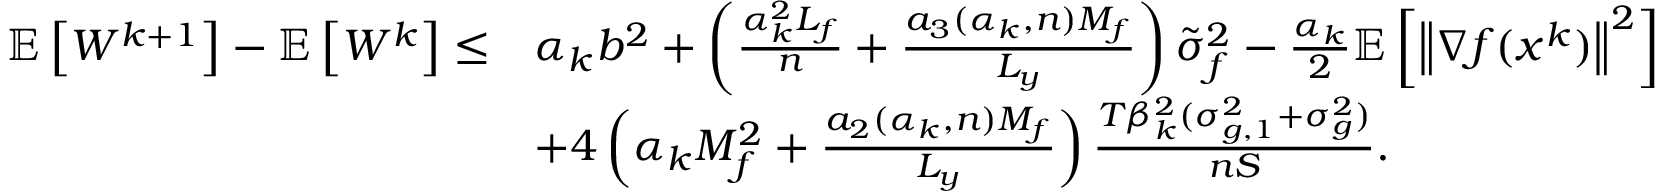
\begin{array} { r l } { \mathbb { E } \left[ W ^ { k + 1 } \right] - \mathbb { E } \left[ W ^ { k } \right] \leq } & { \alpha _ { k } b ^ { 2 } + \left( \frac { \alpha _ { k } ^ { 2 } L _ { f } } { n } + \frac { a _ { 3 } ( \alpha _ { k } , n ) M _ { f } } { L _ { y } } \right) \tilde { \sigma } _ { f } ^ { 2 } - \frac { \alpha _ { k } } { 2 } \mathbb { E } \left[ \left\| \nabla f ( x ^ { k } ) \right\| ^ { 2 } \right] } \\ & { + 4 \left( \alpha _ { k } M _ { f } ^ { 2 } + \frac { a _ { 2 } ( \alpha _ { k } , n ) M _ { f } } { L _ { y } } \right) \frac { T \beta _ { k } ^ { 2 } ( \sigma _ { g , 1 } ^ { 2 } + \sigma _ { g } ^ { 2 } ) } { n { S } } . } \end{array}